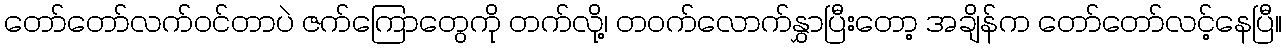
တော်တော်လက်ဝင်တာပဲ ဇက်ကြောတွေကို တက်လို့၊ တဝက်လောက်နွှာပြီးတော့ အချိန်က တော်တော်လင့်နေပြီ။